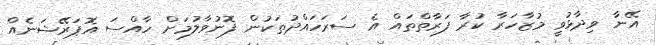
އޭނާ ވިދާޅުވީ މުޒާހަރާ ކުރާ ފަރާތްތައް އެ ސަރަހައްދުތަކުން ފޮނުވާލުމަށް ހާއްސަ އޮޕަރޭޝަނެއް